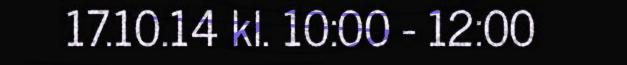
17.10.14 kl. 10:00 - 12:00